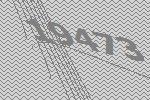
19473